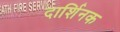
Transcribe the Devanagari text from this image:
दार्शिनक